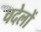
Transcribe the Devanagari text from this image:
चदेलों